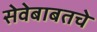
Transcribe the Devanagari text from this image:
सेवेबाबतचे